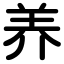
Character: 养